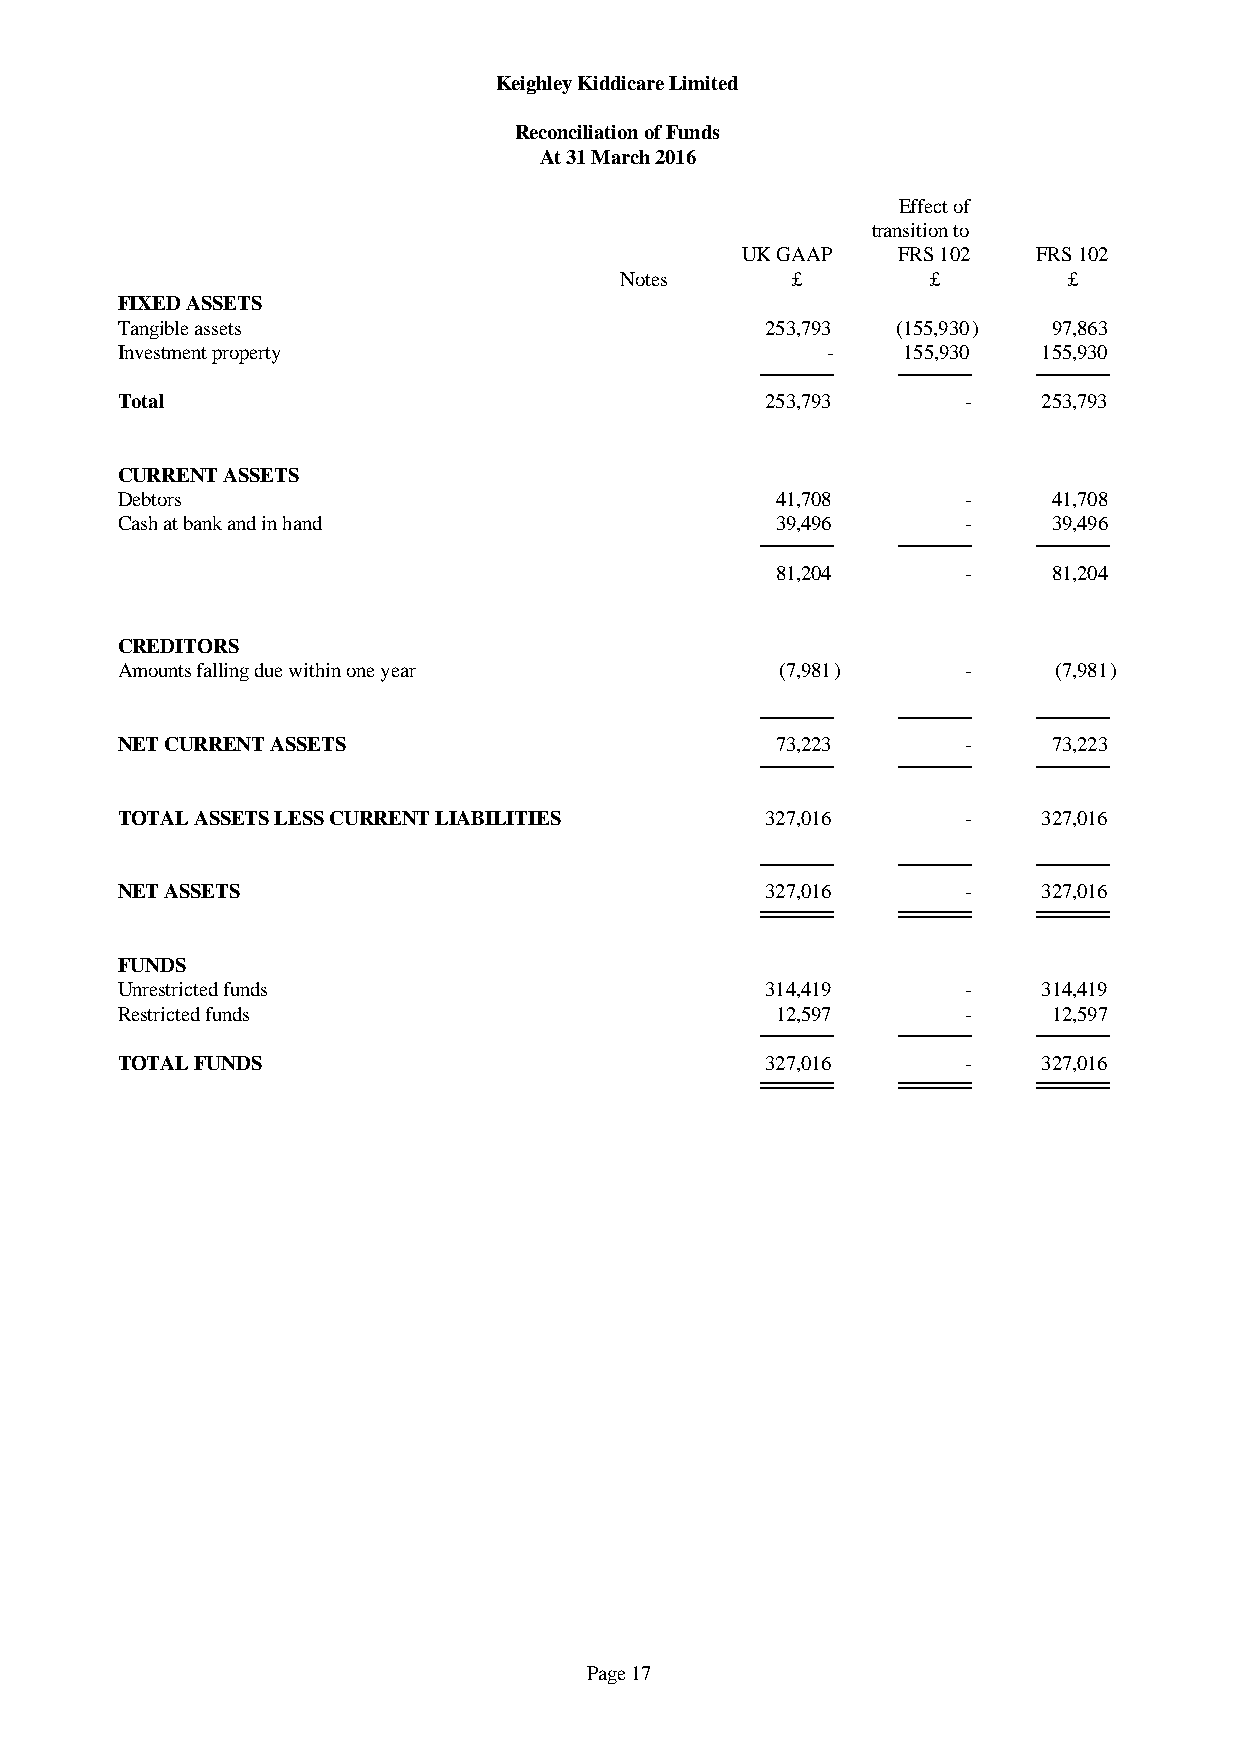
Keighley Kiddicare Limited
 Reconciliation of Funds
 At 31 March 2016
 Effect of
 transition to
 UK GAAP   FRS 102   FRS 102
 Notes      £         £        £
 FIXED ASSETS
 Tangible assets                            253,793 (155,930)  97,863
 Investment property                            -    155,930  155,930
 Total                                      253,793      -    253,793
 CURRENT ASSETS
 Debtors                                    41,708       -     41,708
 Cash at bank and in hand                   39,496       -     39,496
 81,204       -     81,204
 CREDITORS
 Amounts falling due within one year         (7,981)     -     (7,981)
 NET CURRENT ASSETS                         73,223       -     73,223
 TOTAL ASSETS LESS CURRENT LIABILITIES      327,016      -    327,016
 NET ASSETS                                 327,016      -    327,016
 FUNDS
 Unrestricted funds                         314,419      -    314,419
 Restricted funds                           12,597       -     12,597
 TOTAL FUNDS                                327,016      -    327,016
 Page 17